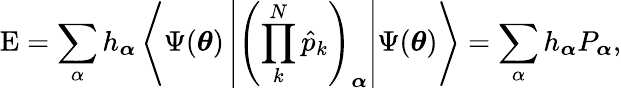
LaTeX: \mathrm{E}=\sum_{\alpha}h_{\boldsymbol{\alpha}}\left\langle\Psi(\boldsymbol{\theta})\left|\left(\prod_{k}^{N}\hat{p}_{k}\right)_{\boldsymbol{\alpha}}\right|\Psi(\boldsymbol{\theta})\right\rangle=\sum_{\alpha}h_{\boldsymbol{\alpha}}P_{\boldsymbol{\alpha}},